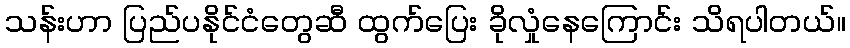
သန်းဟာ ပြည်ပနိုင်ငံတွေဆီ ထွက်ပြေး ခိုလှုံနေကြောင်း သိရပါတယ်။